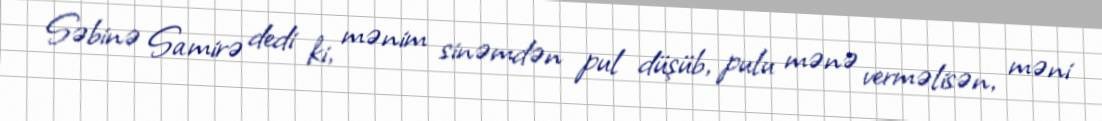
Səbinə Samirə dedi ki, mənim sinəmdən pul düşüb, pulu mənə verməlisən, məni